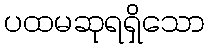
ပထမဆုရရှိသော